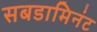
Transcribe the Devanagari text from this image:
सबडामिनंट